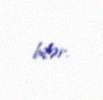
bilər.